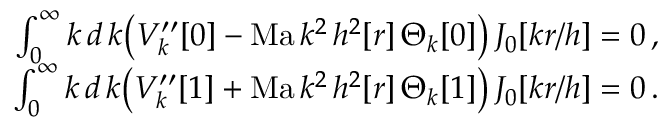
\begin{array} { r } { \int _ { 0 } ^ { \infty } k \, d \, { k } \big ( V _ { k } ^ { \prime \prime } [ 0 ] - \mathrm { M a } \, k ^ { 2 } \, h ^ { 2 } [ r ] \, \Theta _ { k } [ 0 ] \big ) \, J _ { 0 } [ k r / h ] = 0 \, , \, } \\ { \int _ { 0 } ^ { \infty } k \, d \, { k } \big ( V _ { k } ^ { \prime \prime } [ 1 ] + \mathrm { M a } \, k ^ { 2 } \, h ^ { 2 } [ r ] \, \Theta _ { k } [ 1 ] \big ) \, J _ { 0 } [ k r / h ] = 0 \, . \, } \end{array}